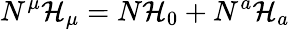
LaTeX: N^{\mu}\mathcal{H}_{\mu}=N\mathcal{H}_{0}+N^{a}\mathcal{H}_{a}